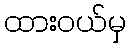
ထားဝယ်မှ